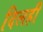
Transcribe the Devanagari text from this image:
दिलही